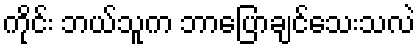
ကိုင်း ဘယ်သူက ဘာပြောချင်သေးသလဲ